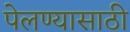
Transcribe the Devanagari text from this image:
पेलण्‍यासाठी